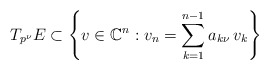
\begin{align*}T_{p^\nu} E \subset \left\{v \in \mathbb C^n : v_n = \sum_{k=1}^{n-1} a_{k\nu}\,v_{k} \right\}\end{align*}